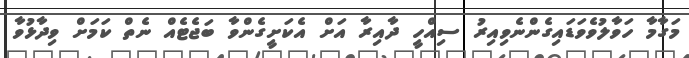
މަގާމާ ހަވާލުވެވަޑައިގެންނެވިއިރު ސިއްހީ ދާއިރާ އަށް އެކަށީގެންވާ ބަޖެޓެއް ނެތް ކަމަށް ވިދާޅުވާ